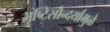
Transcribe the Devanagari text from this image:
सृष्टिसौन्दर्यामुळे